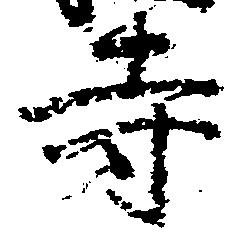
寺